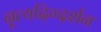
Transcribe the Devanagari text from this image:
नॄत्यदिग्दर्शन